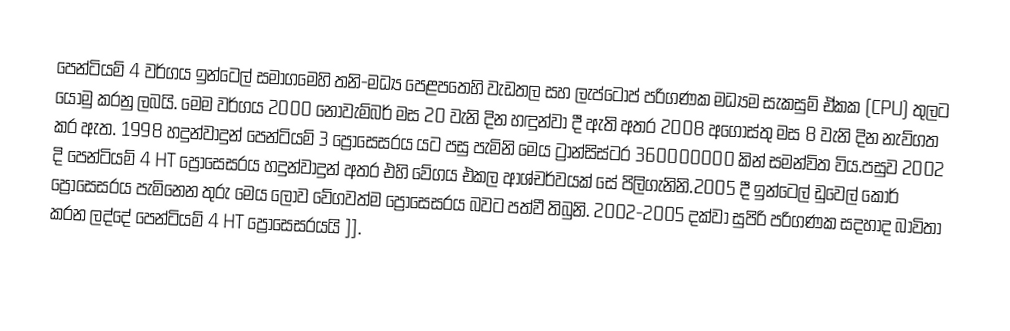
පෙන්ටියම් 4 වර්ගය ඉන්ටෙල් සමාගමෙහි තනි-මධ්‍ය පෙළපතෙහි වැඩතල සහ ලැප්ටොප් පරිගණක මධ්‍යම සැකසුම් ඒකක (CPU) තුලට යොමු කරනු ලබයි. මෙම වර්ගය 2000 නොවැම්බර් මස 20 වැනි දින හඳුන්වා දී ඇති අතර 2008 අගෝස්තු මස 8 වැනි දින නැව්ගත කර ඇත. 1998 හදුන්වාදුන්  පෙන්ටියම් 3 ප්‍රොසෙසරය යට පසු පැමිනි මෙය ට්‍රාන්සිස්ටර 360000000 කින් සමන්විත විය.පසුව 2002 දි පෙන්ටියම් 4 HT ප්‍රොසෙසරය හදුන්වාදුන් අතර එහි වේගය එකල ආශ්චර්වයක් සේ පිලිගැනිනි.2005 දී ඉන්ටෙල් ඩුවෙල් කෝර් ප්‍රොසෙසරය පැමිනෙන තුරු මෙය ලොව වේගවත්ම ප්‍රොසෙසරය බවට පත්වී තිබුනි.   2002-2005 දක්වා සුපිරි පරිගණක සදහාද බාවිතා කරන ලද්දේ පෙන්ටියම් 4 HT ප්‍රොසෙසරයයි ]].